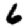
Digit: 6